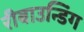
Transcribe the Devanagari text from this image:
रीबाउन्डिंग